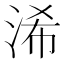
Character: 浠